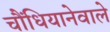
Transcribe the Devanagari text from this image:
चौंधियानेवाले